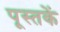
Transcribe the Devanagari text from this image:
पूस्‍तकें